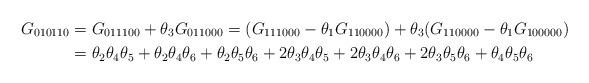
LaTeX: \begin{align*}G_{010110} &= G_{011100} + \theta_3 G_{011000} = (G_{111000} - \theta_1 G_{110000})+ \theta_3(G_{110000} - \theta_1 G_{100000})\\&= \theta_2 \theta_4 \theta_5 + \theta_2 \theta_4 \theta_6 + \theta_2 \theta_5 \theta_6+ 2 \theta_3 \theta_4 \theta_5 + 2 \theta_3 \theta_4 \theta_6 + 2 \theta_3 \theta_5 \theta_6+ \theta_4 \theta_5 \theta_6\end{align*}